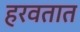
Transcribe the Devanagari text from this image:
हरवतात